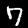
Label: 7